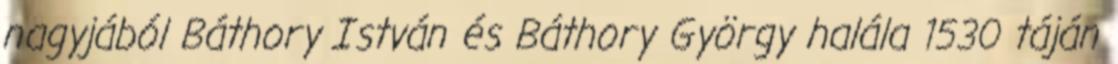
nagyjából Báthory István és Báthory György halála 1530 táján